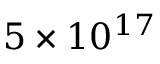
5 \times 1 0 ^ { 1 7 }